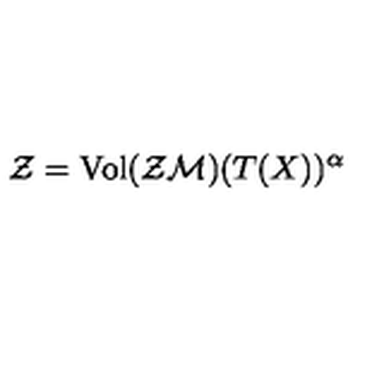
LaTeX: { \cal { Z } } = \mathrm { V o l } ( { \cal { Z M } } ) ( T ( X ) ) ^ { \alpha }